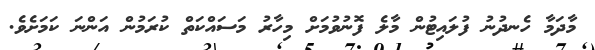
މާދަމާ ހެނދުނު ފުލައިޓުން މާލެ ފޮނުވުމަށް މިހާރު މަސައްކަތް ކުރަމުން އަންނަ ކަމަށެވެ.